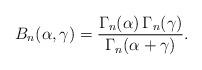
LaTeX: \begin{align*}B_n(\alpha,\gamma)=\frac{\Gamma_n(\alpha)\,\Gamma_n(\gamma)}{\Gamma_n(\alpha+\gamma)}.\end{align*}